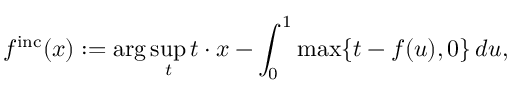
f ^ { \mathrm { i n c } } ( x ) : = \arg \operatorname* { s u p } _ { t } t \cdot x - \int _ { 0 } ^ { 1 } \operatorname* { m a x } \{ t - f ( u ) , 0 \} \, d u ,